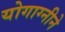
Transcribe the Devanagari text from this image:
योगाग्नीने